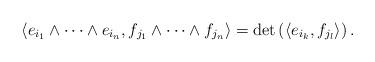
LaTeX: \begin{align*}\langle e_{i_1} \wedge \dots \wedge e_{i_n}, f_{j_1} \wedge \dots \wedge f_{j_n} \rangle =\det \left( \langle e_{i_k}, f_{j_l} \rangle \right).\end{align*}